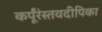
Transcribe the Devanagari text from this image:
कर्पूंरंस्तवदीपिका